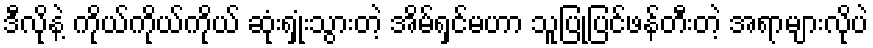
ဒီလိုနဲ့ ကိုယ်ကိုယ်ကိုယ် ဆုံးရှုံးသွားတဲ့ အိမ်ရှင်မဟာ သူပြုပြင်ဖန်တီးတဲ့ အရာများလိုပဲ